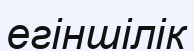
егіншілік